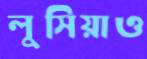
লুসিয়াও